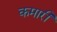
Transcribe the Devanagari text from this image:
कमारी